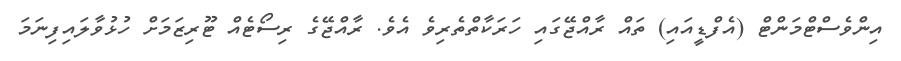
އިންވެސްޓްމަންޓް (އެފްޑީއައި) ތައް ރާއްޖޭގައި ހަރަކާތްތެރިވެ އެވެ. ރާއްޖޭގެ ރިސޯޓެއް ޓޫރިޒަމަށް ހުޅުވާލައިފިނަމަ